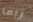
ربما